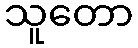
သူတော